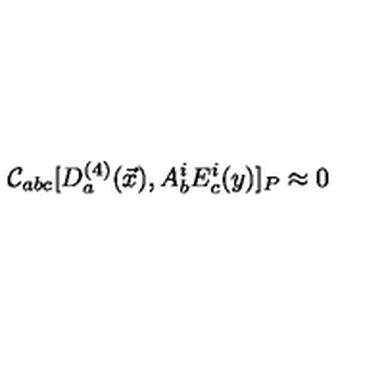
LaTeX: { \cal C } _ { a b c } [ D _ { a } ^ { ( 4 ) } ( \vec { x } ) , A _ { b } ^ { i } E _ { c } ^ { i } ( y ) ] _ { P } \approx 0